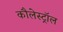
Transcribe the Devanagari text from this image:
कौलेस्ट्रॉल